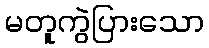
မတူကွဲပြားသော